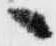
へ